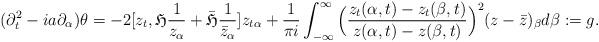
LaTeX: \begin{align*}(\partial_t^2-ia\partial_{\alpha})\theta=-2[z_t,\mathfrak{H}\frac{1}{z_{\alpha}}+\bar{\mathfrak{H}}\frac{1}{\bar{z}_{\alpha}}]z_{t\alpha}+\frac{1}{\pi i}\int_{-\infty}^{\infty}\Big(\frac{z_t(\alpha,t)-z_t(\beta,t)}{z(\alpha,t)-z(\beta,t)}\Big)^2(z-\bar{z})_{\beta}d\beta:=g.\end{align*}